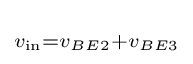
\scriptstyle v_{\text{in}}=v_{BE2}+v_{BE3}